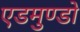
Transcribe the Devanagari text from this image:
एडमुण्डो